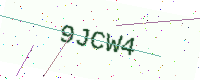
Text: 9JCW4